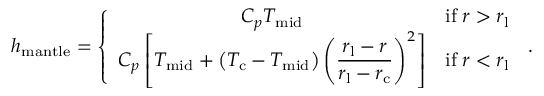
\begin{array} { r } { h _ { \mathrm { m a n t l e } } = \left\{ \begin{array} { c l } { C { _ { p } } T _ { \mathrm { m i d } } } & { \mathrm { i f } \; r > r _ { \mathrm { l } } } \\ { C { _ { p } } \left[ T _ { \mathrm { m i d } } + \left( T _ { \mathrm { c } } - T _ { \mathrm { m i d } } \right) \left( \displaystyle \frac { r _ { \mathrm { l } } - r } { r _ { \mathrm { l } } - r _ { \mathrm { c } } } \right) ^ { 2 } \right] } & { \mathrm { i f } \; r < r _ { \mathrm { l } } } \end{array} \right. \, . } \end{array}